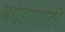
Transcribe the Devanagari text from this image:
कोडांसाठी